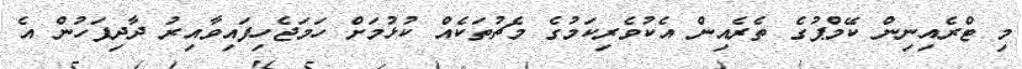
މި ޓްރެއިނިން ކޭމްޕުގެ ތެރެއިން އެކުވެރިކަމުގެ މެޗުތަކެއް ކުޅުމަށް ހަމަޖެހިފައިވާއިރު ދާދިފަހުން އެ